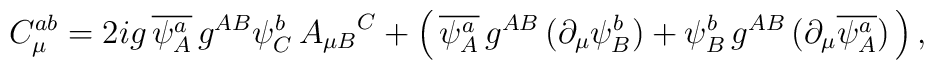
C_{\mu}^{ab} = 2ig \, \overline{\psi_A^a} \, g^{AB} \psi_C^b \, {A_{\mu B}}^C      + \left( \, \overline{\psi_A^a} \, g^{AB} \, (\partial_{\mu} \psi_B^b)      + \psi_B^b \, g^{AB} \, (\partial_{\mu} \overline{\psi_A^a}) \, \right),